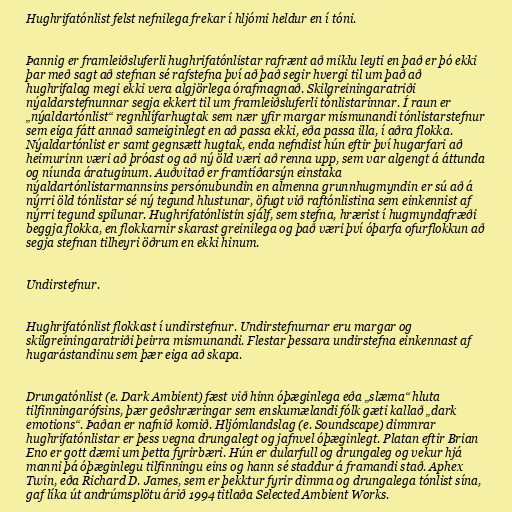
Hughrifatónlist felst nefnilega frekar í hljómi heldur en í tóni.

Þannig er framleiðsluferli hughrifatónlistar rafrænt að miklu leyti en það er þó ekki
þar með sagt að stefnan sé rafstefna því að það segir hvergi til um það að
hughrifalag megi ekki vera algjörlega órafmagnað. Skilgreiningaratriði
nýaldarstefnunnar segja ekkert til um framleiðsluferli tónlistarinnar. Í raun er
„nýaldartónlist“ regnhlífarhugtak sem nær yfir margar mismunandi tónlistarstefnur
sem eiga fátt annað sameiginlegt en að passa ekki, eða passa illa, í aðra flokka.
Nýaldartónlist er samt gegnsætt hugtak, enda nefndist hún eftir því hugarfari að
heimurinn væri að þróast og að ný öld væri að renna upp, sem var algengt á áttunda
og níunda áratuginum. Auðvitað er framtíðarsýn einstaka
nýaldartónlistarmannsins persónubundin en almenna grunnhugmyndin er sú að á
nýrri öld tónlistar sé ný tegund hlustunar, öfugt við raftónlistina sem einkennist af
nýrri tegund spilunar. Hughrifatónlistin sjálf, sem stefna, hrærist í hugmyndafræði
beggja flokka, en flokkarnir skarast greinilega og það væri því óþarfa ofurflokkun að
segja stefnan tilheyri öðrum en ekki hinum.

Undirstefnur.

Hughrifatónlist flokkast í undirstefnur. Undirstefnurnar eru margar og
skilgreiningaratriði þeirra mismunandi. Flestar þessara undirstefna einkennast af
hugarástandinu sem þær eiga að skapa.

Drungatónlist (e. Dark Ambient) fæst við hinn óþæginlega eða „slæma“ hluta
tilfinningarófsins, þær geðshræringar sem enskumælandi fólk gæti kallað „dark
emotions“. Þaðan er nafnið komið. Hljómlandslag (e. Soundscape) dimmrar
hughrifatónlistar er þess vegna drungalegt og jafnvel óþæginlegt. Platan eftir Brian
Eno er gott dæmi um þetta fyrirbæri. Hún er dularfull og drungaleg og vekur hjá
manni þá óþæginlegu tilfinningu eins og hann sé staddur á framandi stað. Aphex
Twin, eða Richard D. James, sem er þekktur fyrir dimma og drungalega tónlist sína,
gaf líka út andrúmsplötu árið 1994 titlaða Selected Ambient Works.